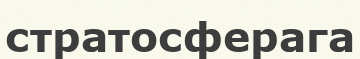
стратосферага